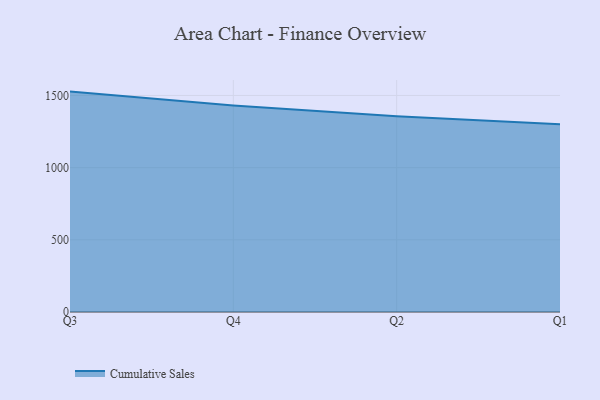
{"axis": {"x": "Quarter", "y": "Active Users"}, "legend": ["Cumulative Sales"], "data": [{"x": "Q3", "y": 1526.8, "type": "Cumulative Sales"}, {"x": "Q4", "y": 1430.6, "type": "Cumulative Sales"}, {"x": "Q2", "y": 1355.6, "type": "Cumulative Sales"}, {"x": "Q1", "y": 1300.0, "type": "Cumulative Sales"}]}